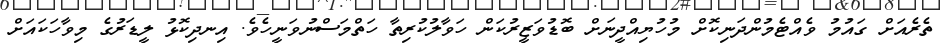
ތެރެއަށް ގައުމު ވެއްޓެމުންދަނިކޮށް މުހުޔިއްދީނަށް ބޮޑުވަޒީރުކަން ހަވާލުކުރިތާ ހަތްމަސްނުވަނީހެވެ. އިނދިކޮޅު ލީޑަރުގެ މިވާހަކައަށް